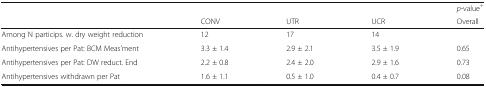
<table><thead><tr><td></td><td></td><td></td><td></td><td><b><i>p</i>-value<sup>+</sup></b></td></tr><tr><td></td><td><b>CONV</b></td><td><b>UTR</b></td><td><b>UCR</b></td><td><b>Overall</b></td></tr></thead><tbody><tr><td>Among N particips. w. dry weight reduction</td><td>12</td><td>17</td><td>14</td><td></td></tr><tr><td>Antihypertensives per Pat: BCM Meas’ment</td><td>3.3 ± 1.4</td><td>2.9 ± 2.1</td><td>3.5 ± 1.9</td><td>0.65</td></tr><tr><td>Antihypertensives per Pat: DW reduct. End</td><td>2.2 ± 0.8</td><td>2.4 ± 2.0</td><td>2.9 ± 1.6</td><td>0.73</td></tr><tr><td>Antihypertensives withdrawn per Pat</td><td>1.6 ± 1.1</td><td>0.5 ± 1.0</td><td>0.4 ± 0.7</td><td>0.08</td></tr></tbody></table>